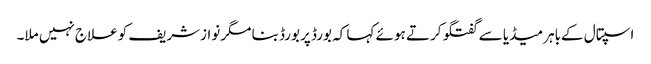
اسپتال کےباہرمیڈیا سے گفتگو کرتے ہوئے کہا کہ بورڈ پربورڈ بنا مگرنوازشریف کوعلاج نہیں ملا۔